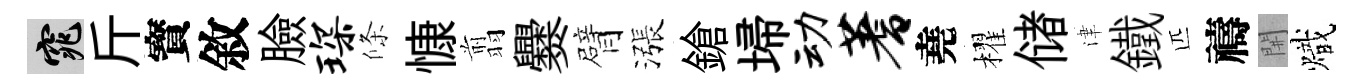
窕斤寳敘臉琛條慷翦爨臂漲鎗埽动蓍堯櫂储津鐵匹禱𨳩熾